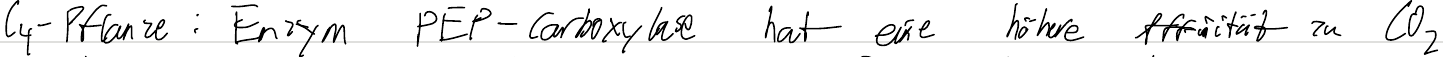
C4-Pflanze: Enzym PEP-Carboxylase hat eine höhere Affinität zu CO2